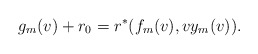
\begin{align*} g_m(v)+r_0=r^\ast(f_m(v),vy_m(v)).\end{align*}